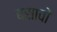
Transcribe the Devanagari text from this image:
बसावों